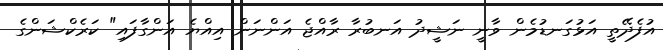
އުފެދޭތީ އަޅުގަނޑުމެން ވާނީ ނަޝީދު އަނބުރާ ރާއްޖެ އަންނަން އިއްޔެ އަންގާފައި" ކަރެކްޝަންގެ